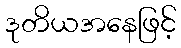
ဒုတိယအနေဖြင့်